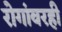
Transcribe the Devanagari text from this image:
रोगांवरही